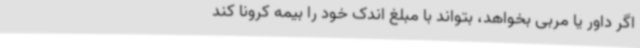
اگر داور یا مربی بخواهد، بتواند با مبلغ اندک خود را بیمه کرونا کند